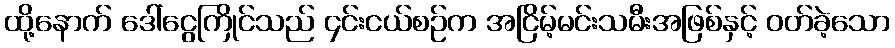
ထို့နောက် ဒေါ်ငွေကြိုင်သည် ၄င်းငယ်စဉ်က အငြိမ့်မင်းသမီးအဖြစ်နှင့် ဝတ်ခဲ့သော